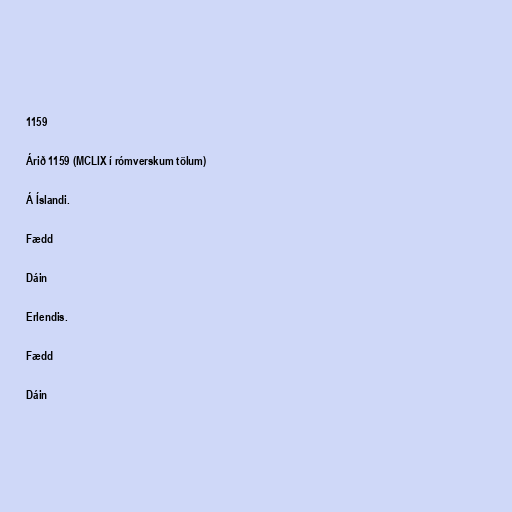
1159

Árið 1159 (MCLIX í rómverskum tölum)

Á Íslandi.

Fædd

Dáin

Erlendis.

Fædd

Dáin